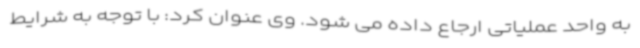
به واحد عملیاتی ارجاع داده می شود. وی عنوان کرد: با توجه به شرایط